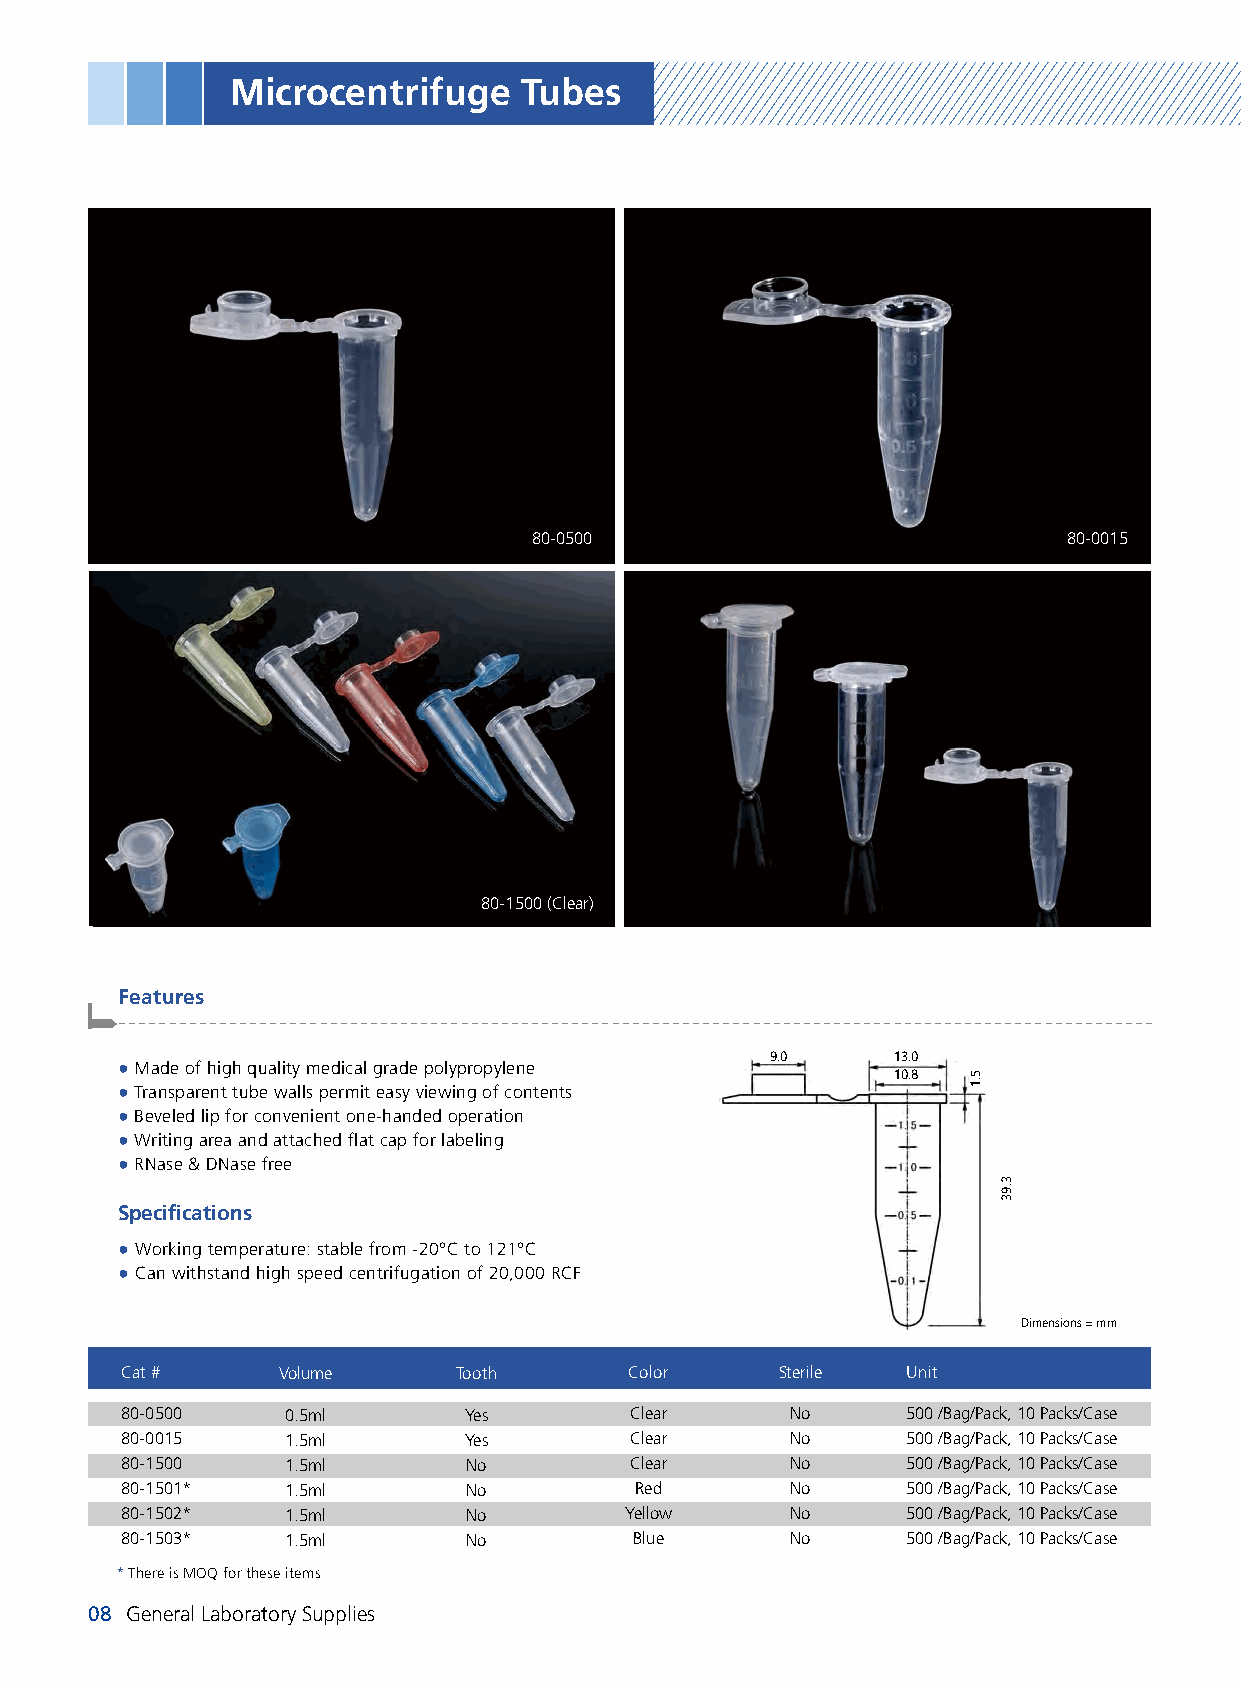
Microcentrifuge    Tubes
 80-0500                             80-0015
 80-1500 (Clear)
 Features
 -------------------------------------------------------------------------------------------------------
 9.0     13.0
 ● Made of high quality medical grade polypropylene
 10.8
 ● Transparent tube walls permit easy viewing of contents
 ● Beveled lip for convenient one-handed operation
 ● Writing area and attached flat cap for labeling
 ● RNase & DNase free
 Specifications
 ● Working temperature: stable from -20°C to 121°C
 ● Can withstand high speed centrifugation of 20,000 RCF
 Dimensions = mm
 Cat #     Volume      Tooth       Color     Sterile Unit
 80-0500    0.5ml       Yes        Clear     No      500 /Bag/Pack, 10 Packs/Case
 80-0015    1.5ml       Yes        Clear     No      500 /Bag/Pack, 10 Packs/Case
 80-1500    1.5ml       No         Clear     No      500 /Bag/Pack, 10 Packs/Case
 80-1501*   1.5ml       No         Red       No      500 /Bag/Pack, 10 Packs/Case
 80-1502*   1.5ml       No        Yellow     No      500 /Bag/Pack, 10 Packs/Case
 80-1503*   1.5ml       No         Blue      No      500 /Bag/Pack, 10 Packs/Case
 * There is MOQ for these items
 08 General Laboratory Supplies
 5.1
 3.93